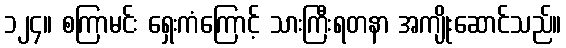
၁၂၄။ စကြာမင်း ရှေးကံကြောင့် သားကြီးရတနာ အကျိုးဆောင်သည်။